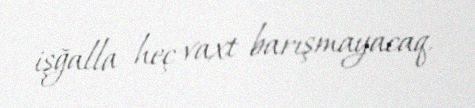
işğalla heç vaxt barışmayacaq.